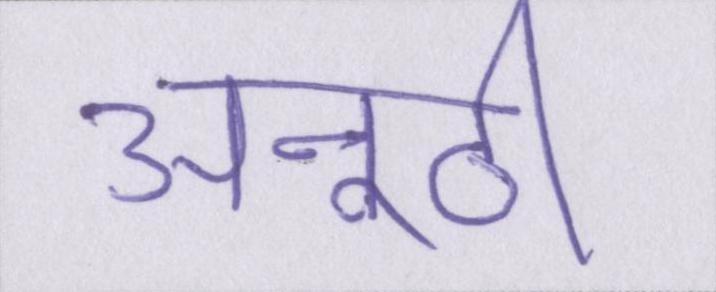
अनूठी